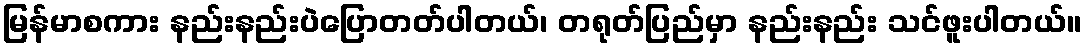
မြန်မာစကား နည်းနည်းပဲပြောတတ်ပါတယ်၊ တရုတ်ပြည်မှာ နည်းနည်း သင်ဖူးပါတယ်။